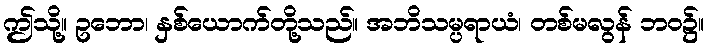
ဤသို့။ ဥဘော၊ နှစ်ယောက်တို့သည်။ အဘိသမ္ပရာယံ၊ တစ်မလွန် ဘဝ၌။